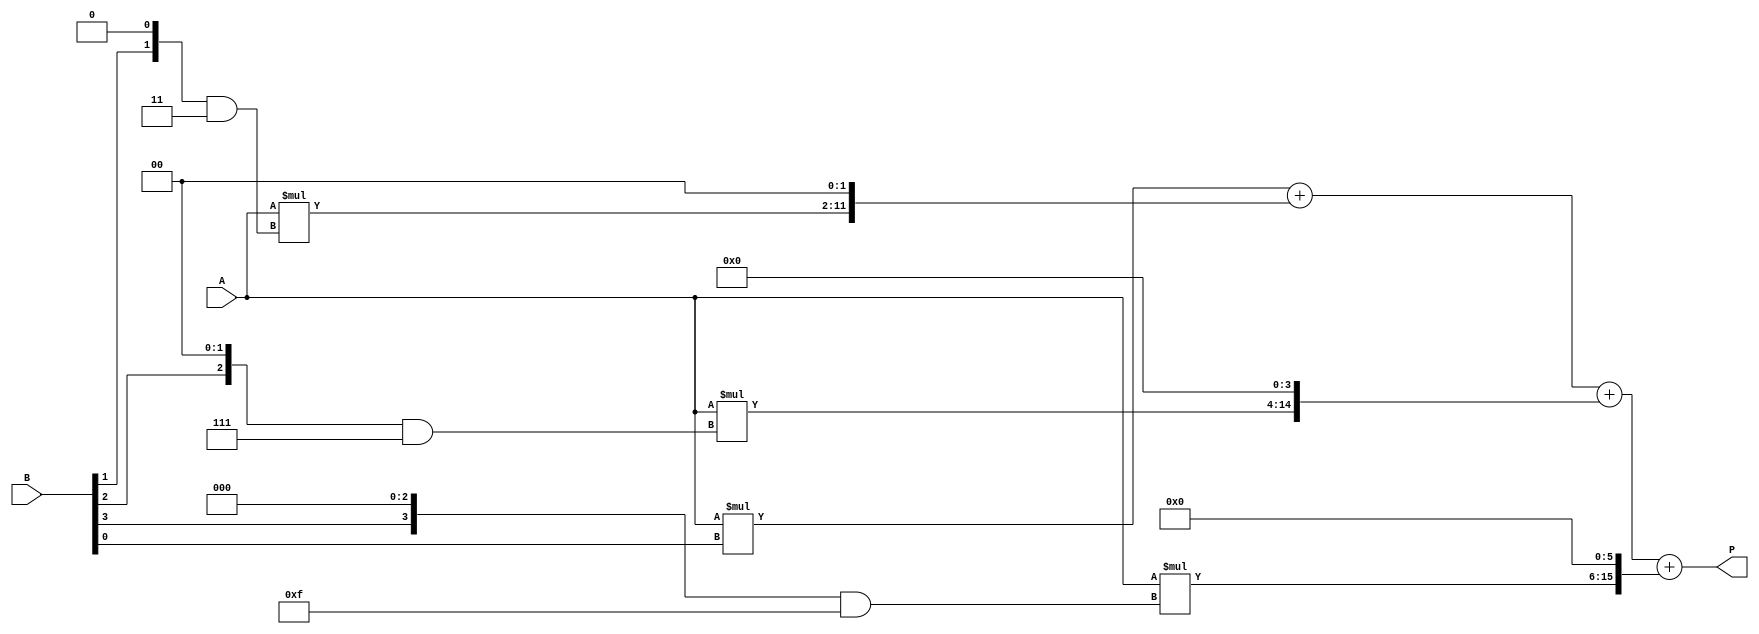
module booth_multiplier (
    input wire [7:0] A,
    input wire [7:0] B,
    output reg [15:0] P
);

reg [15:0] partial_products [3:0];
always @* begin
    partial_products[0] = A * (B[0] & 1);
    partial_products[1] = A * ((B[1] << 1) & 3);
    partial_products[2] = A * ((B[2] << 2) & 7);
    partial_products[3] = A * ((B[3] << 3) & 15);
end

always @* begin
    P = partial_products[0] + (partial_products[1] << 2) + (partial_products[2] << 4) + (partial_products[3] << 6);
end

endmodule